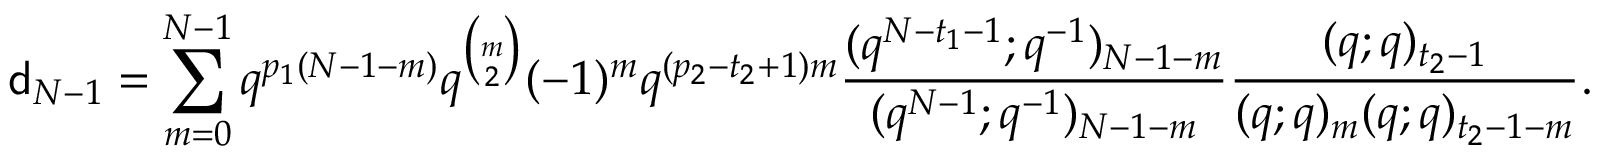
\mathsf { d } _ { N - 1 } = \sum _ { m = 0 } ^ { N - 1 } q ^ { p _ { 1 } ( N - 1 - m ) } q ^ { \binom m 2 } ( - 1 ) ^ { m } q ^ { ( p _ { 2 } - t _ { 2 } + 1 ) m } \frac { ( q ^ { N - t _ { 1 } - 1 } ; q ^ { - 1 } ) _ { N - 1 - m } } { ( q ^ { N - 1 } ; q ^ { - 1 } ) _ { N - 1 - m } } \frac { ( q ; q ) _ { t _ { 2 } - 1 } } { ( q ; q ) _ { m } ( q ; q ) _ { t _ { 2 } - 1 - m } } .